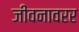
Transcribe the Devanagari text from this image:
जीवनावरर